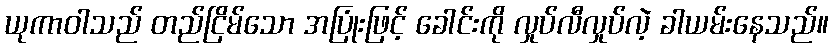
ယုကာဝါသည် တည်ငြိမ်သော အပြုံးဖြင့် ခေါင်းကို လှုပ်လီလှုပ်လဲ့ ခါယမ်းနေသည်။